Treatise on elephants
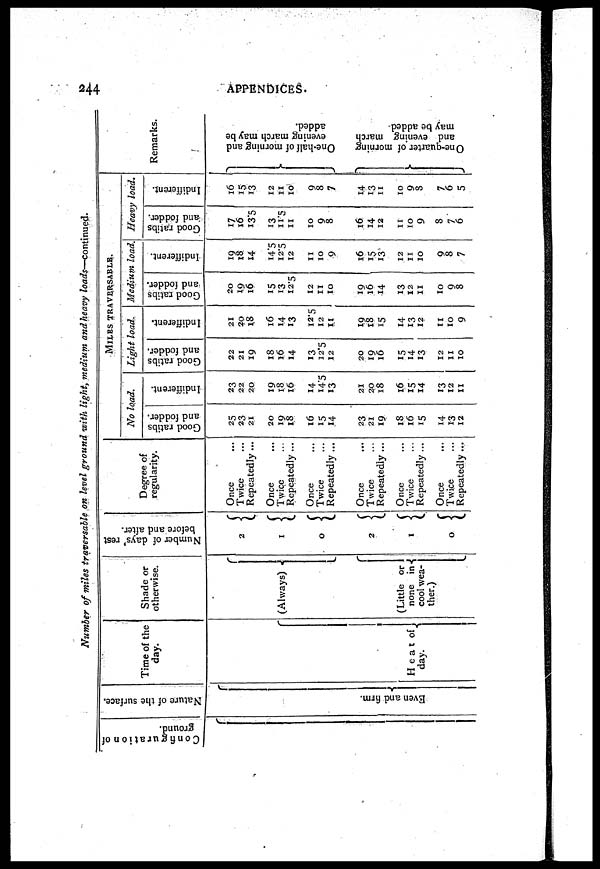
244
APPENDICES.
Number of miles traversable on level ground with light, medium and heavy loads—continued.
Configuration of
ground.
Nature of the surface.
Even and firm.
Time of the
day.
H e a t of {
day.
Shade or
otherwise.
(Always)
(Little or
none in{
cool wea-
ther.)
Number of days' rest
before and after.
2
1
0
2
1
0
Degree of
regularity.
Once
Twice
Repeatedly ...
Once
Twice
Repeatedly ...
Once
Twice
Repeatedly ...
Once
Twice
Repeatedly ...
Once
Twice
Repeatedly ...
Once
Twice
Repeatedly ...
MILES TRAVERSABLE .
No load.
Good ratibs
and fodder.
25
23
21
20
19
18
16
15
14
23
21
19
18
16
15
14
13
12
Indifferent.
23
22
20
19
18
16
14
14.5
13
21
20
18
16
15
14
13
12
11
Light load.
Good ratibs
and fodder
22
21
19
18
16
14
13
12.5
12
20
19
16
15
14
13
12
11
10
Indifferent.
21
20
18
16
14
13
12.5
12
11
19
18
15
14
13
12
11
10
9
Medium load.
Good ratibs
and fodder.
20
19
16
15
13
12.5
12
11
10
19
16
14
13
12
11
10
9
8
Indifferent.
19
18
14
14.5
12.5
12
11
10
9
16
15
13
12
11
10
9
8
7
Heavy load.
Good ratibs
and fodder.
17
16
13.5
13
11.5
11
10
9
8
16
14
12
11
10
9
8
7
6
Indifferent.
16
15
13
12
11
10
9
8
7
14
13
11
10
9
8
7
6
5
Remarks.
One-half of morning and
evening march may be
added.
One-quarter of morning
and evening march
may be added